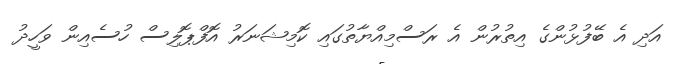
އަދި އެ ބޭފުޅުންގެ އިތުރުން އެ ރަސްމިއްޔާތުގައި ކޮމިޝަނަރު އޮފްޕޮލިސް ހުސެއިން ވަހީދު